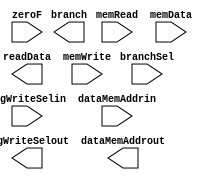
module memory(branch, readData, regWriteSelout, dataMemAddrout, memRead, branchSel, memWrite, zeroF, regWriteSelin, dataMemAddrin, memData);
	output branch;
	output [31:0] readData;
	output [4:0] regWriteSelout; //rd_XM
	output [6:0] dataMemAddrout;
	input memRead, branchSel, memWrite, zeroF;
	input [4:0] regWriteSelin;
	input [6:0] dataMemAddrin;
	input [31:0] memData;
endmodule

module dataMemory();

endmodule